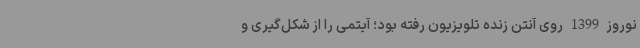
نوروز 1399 روی آنتن زنده تلویزیون رفته بود؛ آیتمی را از شکل‌گیری و